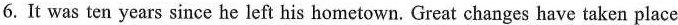
6. It was ten years since he left his hometown. Great changes have taken place